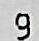
9